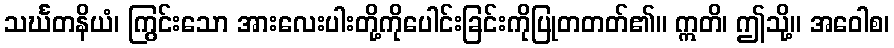
သင်္ဃတနိယံ၊ ကြွင်းသော အားလေးပါးတို့ကိုပေါင်းခြင်းကိုပြုတတတ်၏။ ဣတိ၊ ဤသို့။ အဝေါစ၊